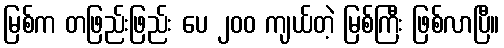
မြစ်က တဖြည်းဖြည်း ပေ ၂၀၀ ကျယ်တဲ့ မြစ်ကြီး ဖြစ်လာပြီ။